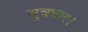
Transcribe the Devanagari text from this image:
सूत्रधार।